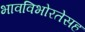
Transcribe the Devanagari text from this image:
भावविभोरतेसह